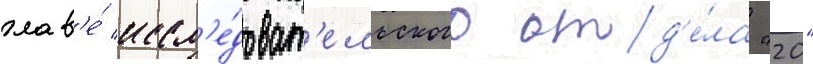
глав'е́ иссл'е́доват'ельского отд'е́ла "20"